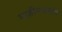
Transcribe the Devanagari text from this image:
माहीमकरांचे